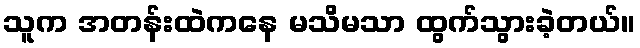
သူက အတန်းထဲကနေ မသိမသာ ထွက်သွားခဲ့တယ်။